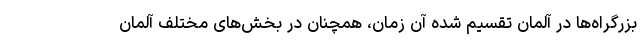
بزرگراه‌ها در آلمان تقسیم شده آن زمان، همچنان در بخش‌های مختلف آلمان